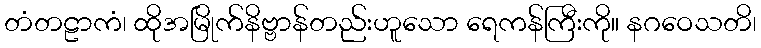
တံတဠာကံ၊ ထိုအမြိုက်နိဗ္ဗာန်တည်းဟူသော ရေကန်ကြီးကို။ နဂဝေသတိ၊